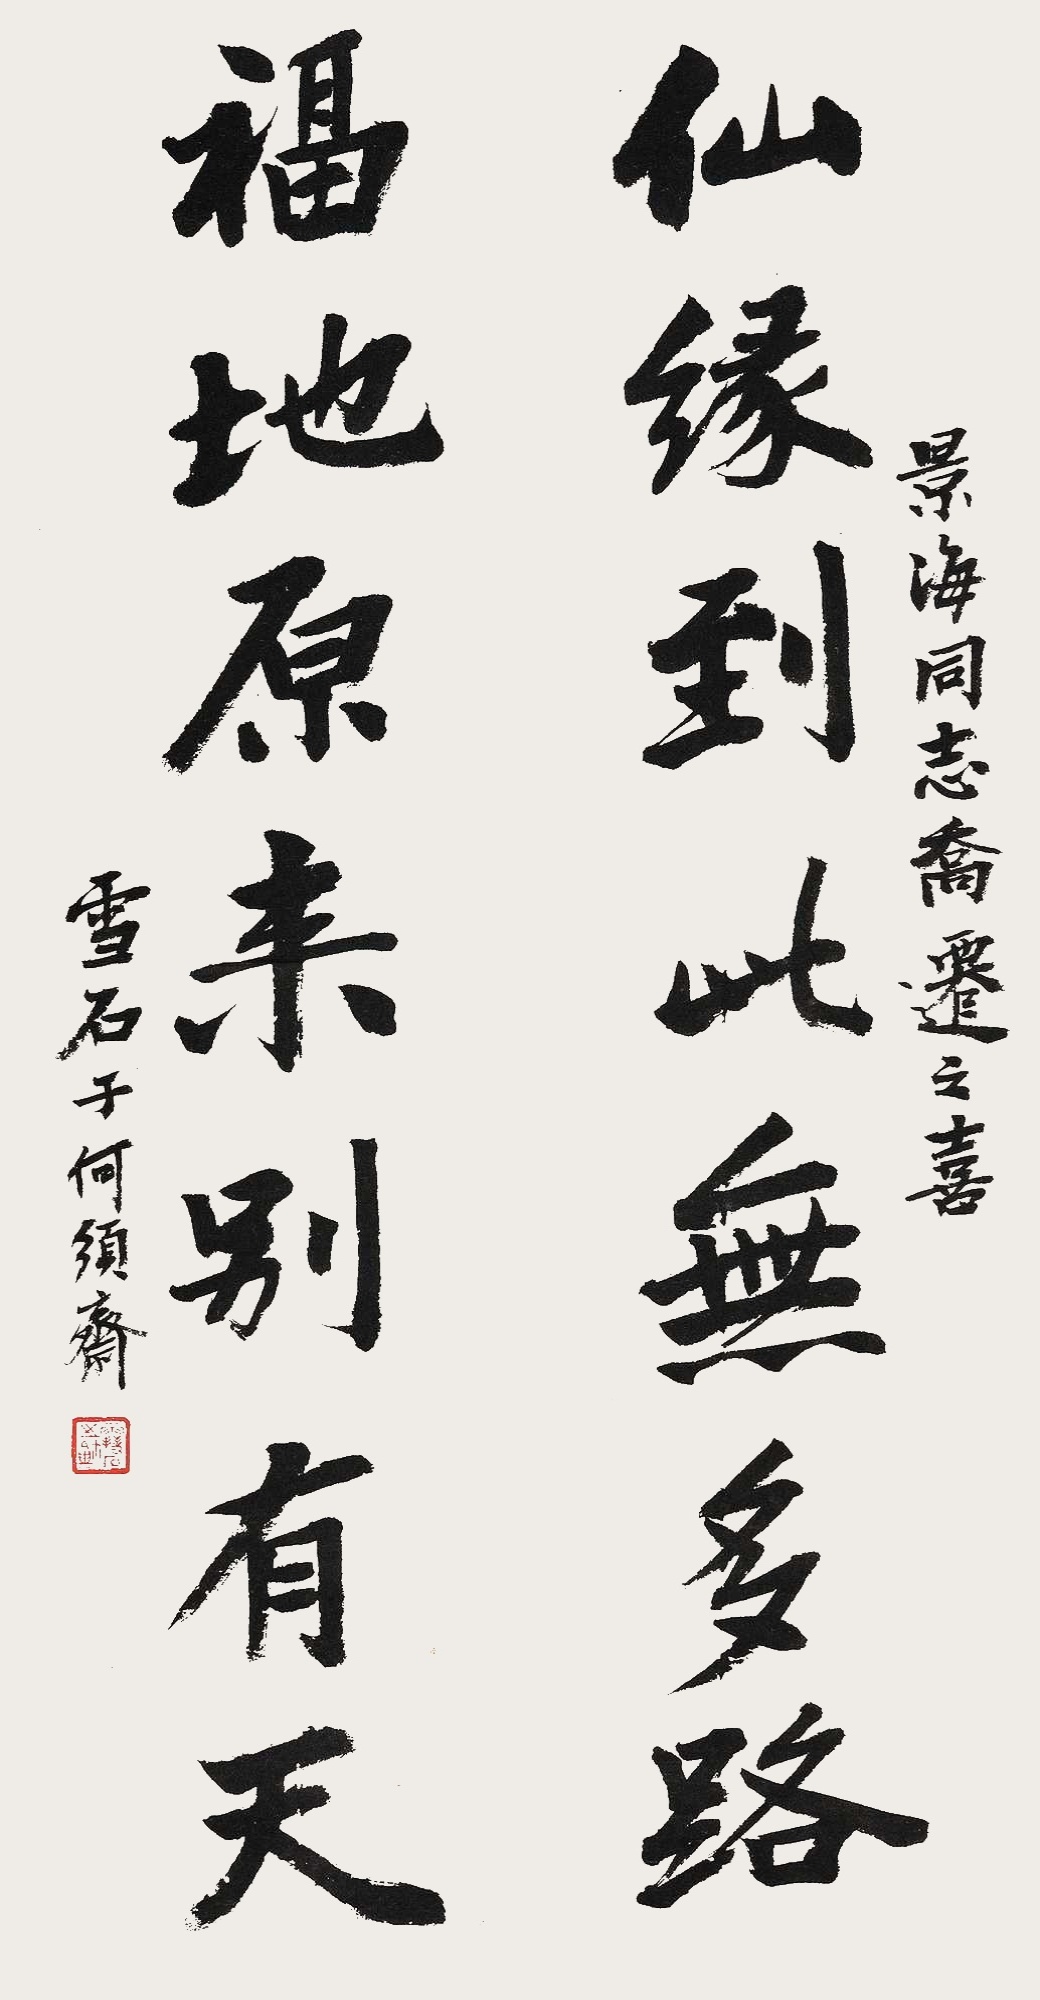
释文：仙缘到此无多路，福地原来别有天。景海同志乔迁之喜，雪石于何须斋。